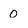
Character: O